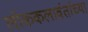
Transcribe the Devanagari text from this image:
लोककलावंतांच्या